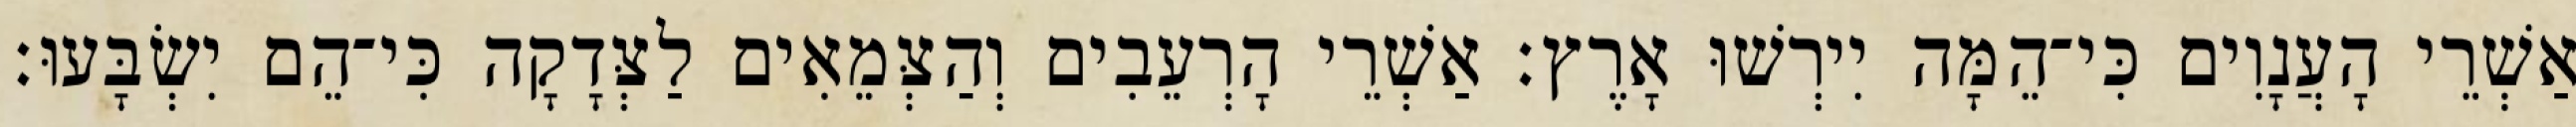
אַשְׁרֵי הָעֲנָוִים כִּי־הֵמָּה יִירְשׁוּ אָרֶץ׃ אַשְׁרֵי הָרְעֵבִים וְהַצְּמֵאִים לַצְּדָקָה כִּי־הֵם יִשְׂבָּעוּ׃